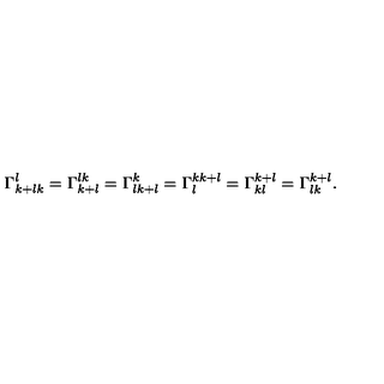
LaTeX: \Gamma _ { k + l k } ^ { l } = \Gamma _ { k + l } ^ { l k } = \Gamma _ { l k + l } ^ { k } = \Gamma _ { l } ^ { k k + l } = \Gamma _ { k l } ^ { k + l } = \Gamma _ { l k } ^ { k + l } .